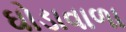
ઘોડાવાળા